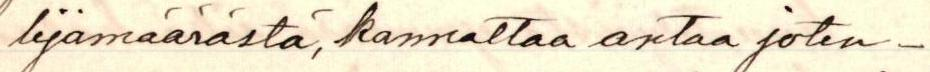
lijamäärästä, kannattaa antaa joten-